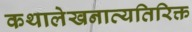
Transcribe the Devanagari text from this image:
कथालेखनाव्यतिरिक्त